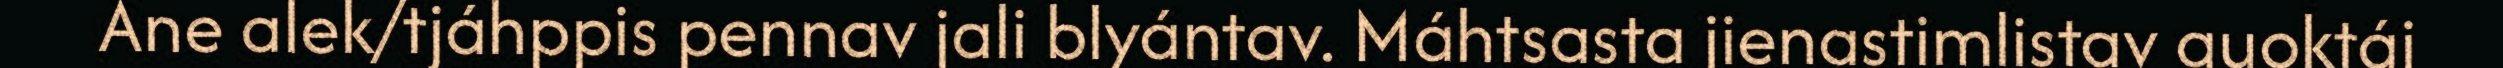
Ane alek/tjáhppis pennav jali blyántav. Máhtsasta jienastimlistav guoktáj